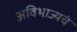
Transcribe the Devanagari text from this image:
अविभाज्यचं